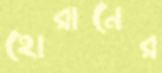
হোরানের